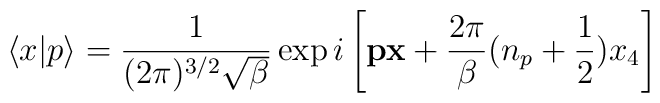
\langle x|p\rangle =\frac1{(2\pi)^{3/2}\sqrt{\beta}}\exp i \left[ {\bf px}+\frac{2\pi}{\beta}(n_p+\frac12)x_4\right]